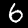
Label: 6